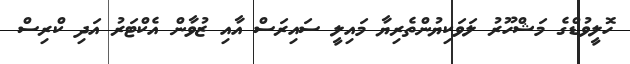
ހޮލީވުޑްގެ މަޝްހޫރު ލަވަކިޔުންތެރިޔާ މައިލީ ސައިރަސް އާއި ޒުވާން އެކްޓަރު އަދި ކްރިސް